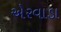
એરવાડા